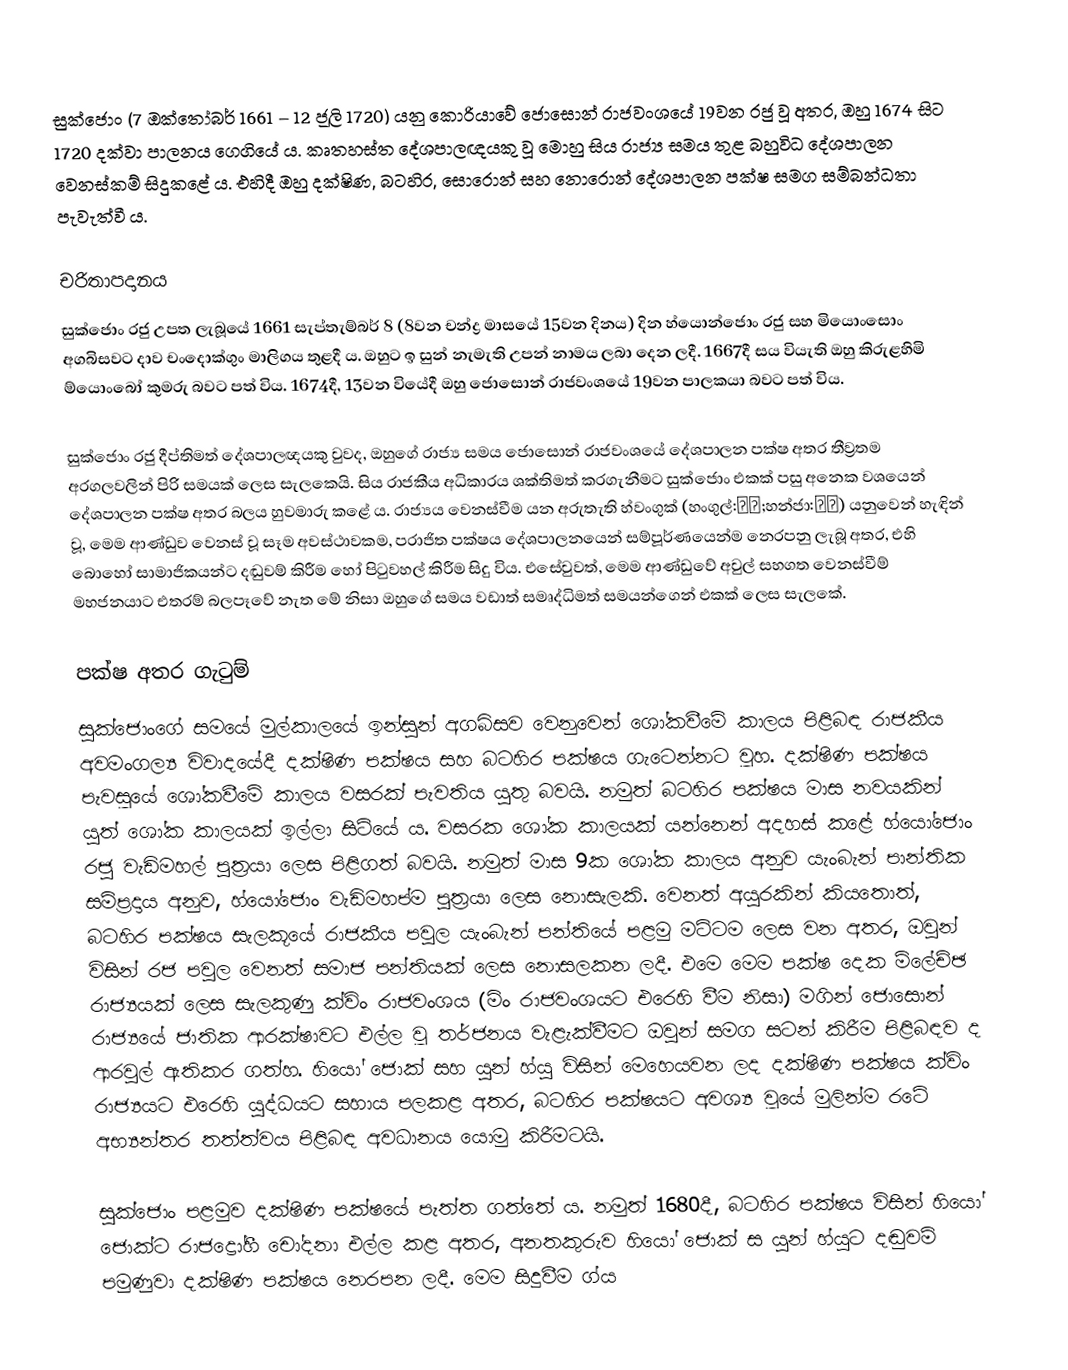
සුක්ජොං (7 ඔක්තෝබර් 1661 – 12 ජූලි 1720) යනු කොරියාවේ ජොසොන් රාජවංශයේ 19වන රජු වූ අතර, ඔහු 1674 සිට 1720 දක්වා පාලනය ගෙගියේ ය. කෘතහස්ත දේශපාලඥයකු වූ මොහු සිය රාජ්‍ය සමය තුළ බහුවිධ දේශපාලන වෙනස්කම් සිදුකළේ ය. එහිදී ඔහු දක්ෂිණ, බටහිර, සොරොන් සහ නොරොන් දේශපාලන පක්ෂ සමග සම්බන්ධතා පැවැත්වී ය.

චරිතාපදානය
සුක්ජොං රජු උපත ලැබූයේ 1661 සැප්තැම්බර් 8 (8වන චන්ද්‍ර මාසයේ 15වන දිනය) දින හ්යොන්ජොං රජු සහ මියොංසොං අගබිසවට දාව චංදොක්ගුං මාලිගය තුළදී ය. ඔහුට ඉ සුන් නැමැති උපන් නාමය ලබා දෙන ලදී. 1667දී සය වියැති ඔහු කිරුළහිමි ම්යොංබෝ කුමරු බවට පත් විය. 1674දී, 13වන වියේදී ඔහු ජොසොන් රාජවංශයේ 19වන පාලකයා බවට පත් විය.

සුක්ජොං රජු දීප්තිමත් දේශපාලඥයකු වුවද, ඔහුගේ රාජ්‍ය සමය ජොසොන් රාජවංශයේ දේශපාලන පක්ෂ අතර තීව්‍රතම අරගලවලින් පිරි සමයක් ලෙස සැලකෙයි. සිය රාජකීය අධිකාරය ශක්තිමත් කරගැනීමට සුක්ජොං එකක් පසු අනෙක වශයෙන් දේශපාලන පක්ෂ අතර බලය හුවමාරු කළේ ය. රාජ්‍යය වෙනස්වීම යන අරුතැති හ්වංගුක් (හංගුල්:환국;හන්ජා:換局) යනුවෙන් හැඳින් වූ, මෙම ආණ්ඩුව වෙනස් වූ සෑම අවස්ථාවකම, පරාජිත පක්ෂය දේශපාලනයෙන් සම්පූර්ණයෙන්ම නෙරපනු ලැබූ අතර, එහි බොහෝ සාමාජිකයන්ට දඬුවම් කිරීම හෝ පිටුවහල් කිරීම සිදු විය. එසේවුවත්, මෙම ආණ්ඩුවේ අවුල් සහගත වෙනස්වීම් මහජනයාට එතරම් බලපෑවේ නැත මේ නිසා ඔහුගේ සමය වඩාත් සමෘද්ධිමත් සමයන්ගෙන් එකක් ලෙස සැලකේ.

පක්ෂ අතර ගැටුම්
සුක්ජොංගේ සමයේ මුල්කාලයේ ඉන්සුන් අගබිසව වෙනුවෙන් ශෝකවීමේ කාලය පිළිබඳ රාජකීය අවමංගල්‍ය විවාදයේදී දක්ෂිණ පක්ෂය සහ බටහිර පක්ෂය ගැටෙන්නට වූහ. දක්ෂිණ පක්ෂය පැවසූයේ ශෝකවීමේ කාලය වසරක් පැවතිය යුතු බවයි. නමුත් බටහිර පක්ෂය මාස නවයකින් යුත් ශෝක කාලයක් ඉල්ලා සිටියේ ය. වසරක ශෝක කාලයක් යන්නෙන් අදහස් කළේ හ්යෝජොං රජු වැඩිමහල් පුත්‍රයා ලෙස පිළිගත් බවයි. නමුත් මාස 9ක ශෝක කාලය අනුව යැංබැන් පාන්තික සම්ප්‍රදාය අනුව, හ්යෝජොං වැඩිමහප්ම පුත්‍රයා ලෙස නොසැලකි. වෙනත් අයුරකින් කියතොත්, බටහිර පක්ෂය සැලකූයේ රාජකීය පවුල යැංබැන් පන්තියේ පළමු මට්ටම ලෙස වන අතර, ඔවුන් විසින් රජ පවුල වෙනත් සමාජ පන්තියක් ලෙස නොසලකන ලදී. එමෙ මෙම පක්ෂ දෙක ම්ලේච්ඡ රාජ්‍යයක් ලෙස සැලකුණු ක්විං රාජවංශය (මිං රාජවංශයට එරෙහි වීම නිසා) මගින් ජොසොන් රාජ්‍යයේ ජාතික ආරක්ෂාවට එල්ල වූ තර්ජනය වැළැක්වීමට ඔවුන් සමග සටන් කිරීම පිළිබඳව ද ආරවුල් ඇතිකර ගත්හ. හියෝ ජොක් සහ යුන් හ්යු විසින් මෙහෙයවන ලද දක්ෂිණ පක්ෂය ක්විං රාජ්‍යයට එරෙහි යුද්ධයට සහාය පලකළ අතර, බටහිර පක්ෂයට අවශ්‍ය වූයේ මුලින්ම රටේ අභ්‍යන්තර තත්ත්වය පිළිබඳ අවධානය යොමු කිරීමටයි.

සුක්ජොං පළමුව දක්ෂිණ පක්ෂයේ පැත්ත ගත්තේ ය. නමුත් 1680දී, බටහිර පක්ෂය විසින් හියෝ ජොක්ට රාජද්‍රෝහී චෝදනා එල්ල කළ අතර, අනතකුරුව හියෝ ජොක් ස යුන් හ්යුට දඬුවම් පමුණුවා දක්ෂිණ පක්ෂය නෙරපන ලදී. මෙම සිදුවීම ග්ය